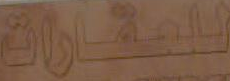
للعقارات